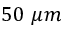
5 0 ~ \mu m